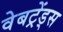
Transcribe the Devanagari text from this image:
वेबट्रेंड्स